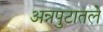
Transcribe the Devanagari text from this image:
अन्नपुटातले